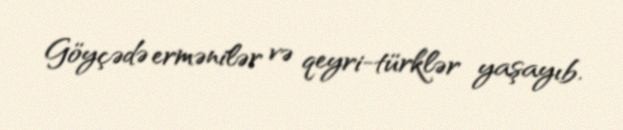
Göyçədə ermənilər və qeyri-türklər yaşayıb.